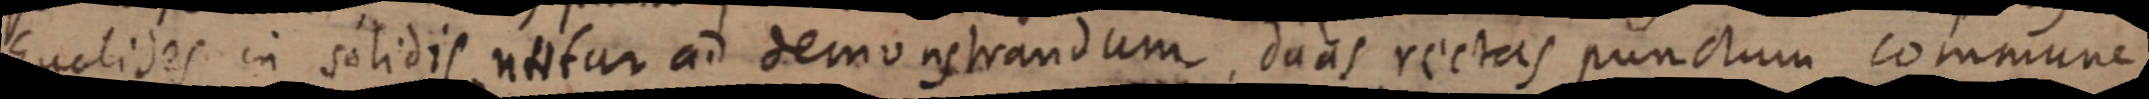
Euclidis in solidis natur ad demonstrandum, duas rectas punctum commune